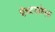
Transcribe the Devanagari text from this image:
ऐच्टरहोएक